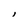
Character: i